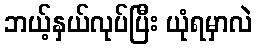
ဘယ့်နှယ်လုပ်ပြီး ယုံရမှာလဲ